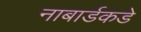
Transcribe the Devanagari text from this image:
नाबार्डकडे